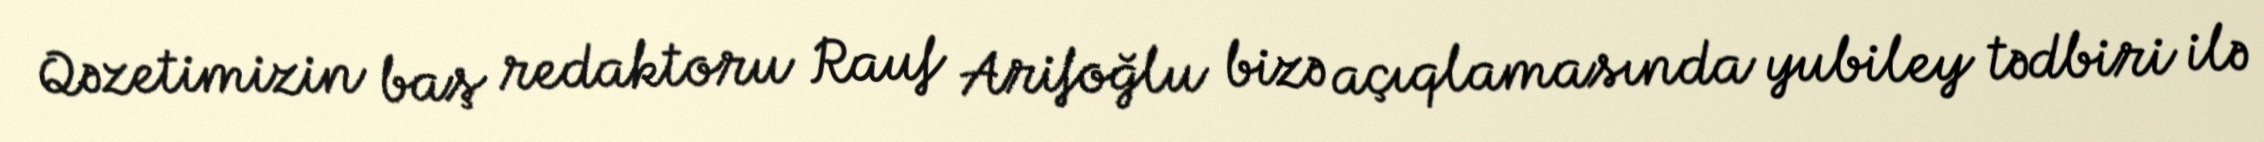
Qəzetimizin baş redaktoru Rauf Arifoğlu bizə açıqlamasında yubiley tədbiri ilə